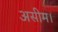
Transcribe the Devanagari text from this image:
असीम।